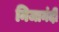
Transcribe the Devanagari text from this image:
निजानंदी